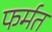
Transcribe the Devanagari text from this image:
फर्मत